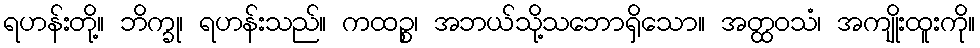
ရဟန်းတို့။ ဘိက္ခု၊ ရဟန်းသည်။ ကထဉ္စ၊ အဘယ်သို့သဘောရှိသော။ အတ္ထဝသံ၊ အကျိုးထူးကို။